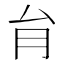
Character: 䏍